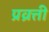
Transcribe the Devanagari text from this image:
प्रव्रत्ती